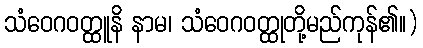
သံဝေဂဝတ္ထူနိ နာမ၊ သံဝေဂဝတ္ထုတို့မည်ကုန်၏။)